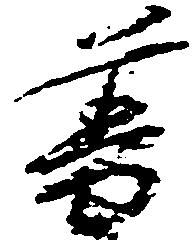
普